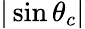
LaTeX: |\sin\theta_{c}|